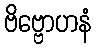
ဗိဗ္ဗောဟနံ